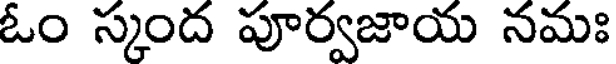
ఓం స్కంద పూర్వజాయ నమః